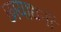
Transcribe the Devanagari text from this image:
छायाधनों